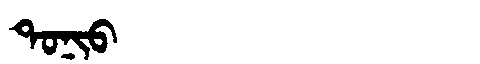
Manchu: ᡨᠣᠨᡳᠣ
Romanization: TONIO